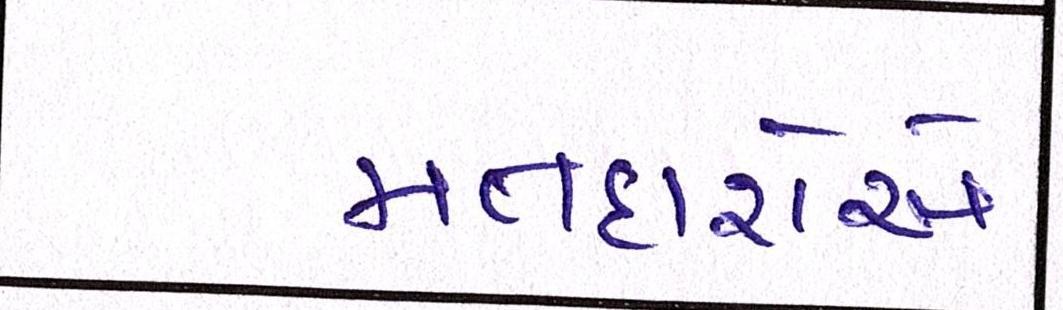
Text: મતદારોએ